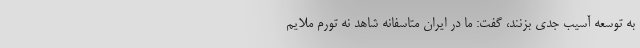
به توسعه آسیب جدی بزنند، گفت: ما در ایران متاسفانه شاهد نه تورم ملایم